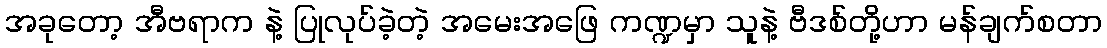
အခုတော့ အီဗရာက နဲ့ ပြုလုပ်ခဲ့တဲ့ အမေးအဖြေ ကဏ္ဍမှာ သူနဲ့ ဗီဒစ်တို့ဟာ မန်ချက်စတာ